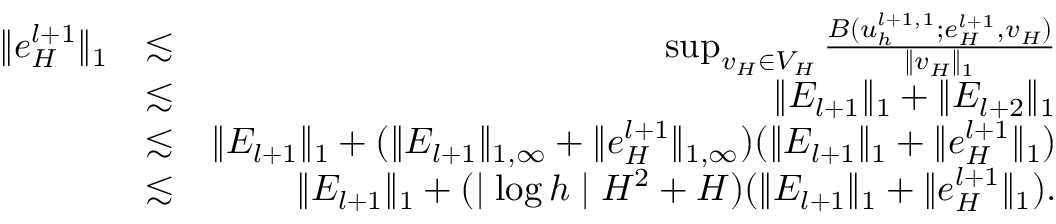
\begin{array} { r l r } { \| e _ { H } ^ { l + 1 } \| _ { 1 } } & { \lesssim } & { \operatorname* { s u p } _ { v _ { H } \in V _ { H } } \frac { B ( u _ { h } ^ { l + 1 , 1 } ; e _ { H } ^ { l + 1 } , v _ { H } ) } { \| v _ { H } \| _ { 1 } } } \\ & { \lesssim } & { \| E _ { l + 1 } \| _ { 1 } + \| E _ { l + 2 } \| _ { 1 } } \\ & { \lesssim } & { \| E _ { l + 1 } \| _ { 1 } + ( \| E _ { l + 1 } \| _ { 1 , \infty } + \| e _ { H } ^ { l + 1 } \| _ { 1 , \infty } ) ( \| E _ { l + 1 } \| _ { 1 } + \| e _ { H } ^ { l + 1 } \| _ { 1 } ) } \\ & { \lesssim } & { \| E _ { l + 1 } \| _ { 1 } + ( \mid \log h \mid H ^ { 2 } + H ) ( \| E _ { l + 1 } \| _ { 1 } + \| e _ { H } ^ { l + 1 } \| _ { 1 } ) . } \end{array}